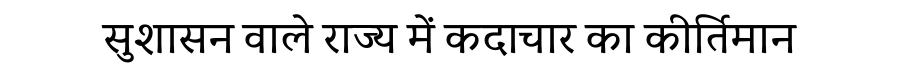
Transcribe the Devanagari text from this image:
सुशासन वाले राज्य में कदाचार का कीर्तिमान